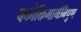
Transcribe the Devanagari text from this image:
वकोक्तिमार्गनिपुण